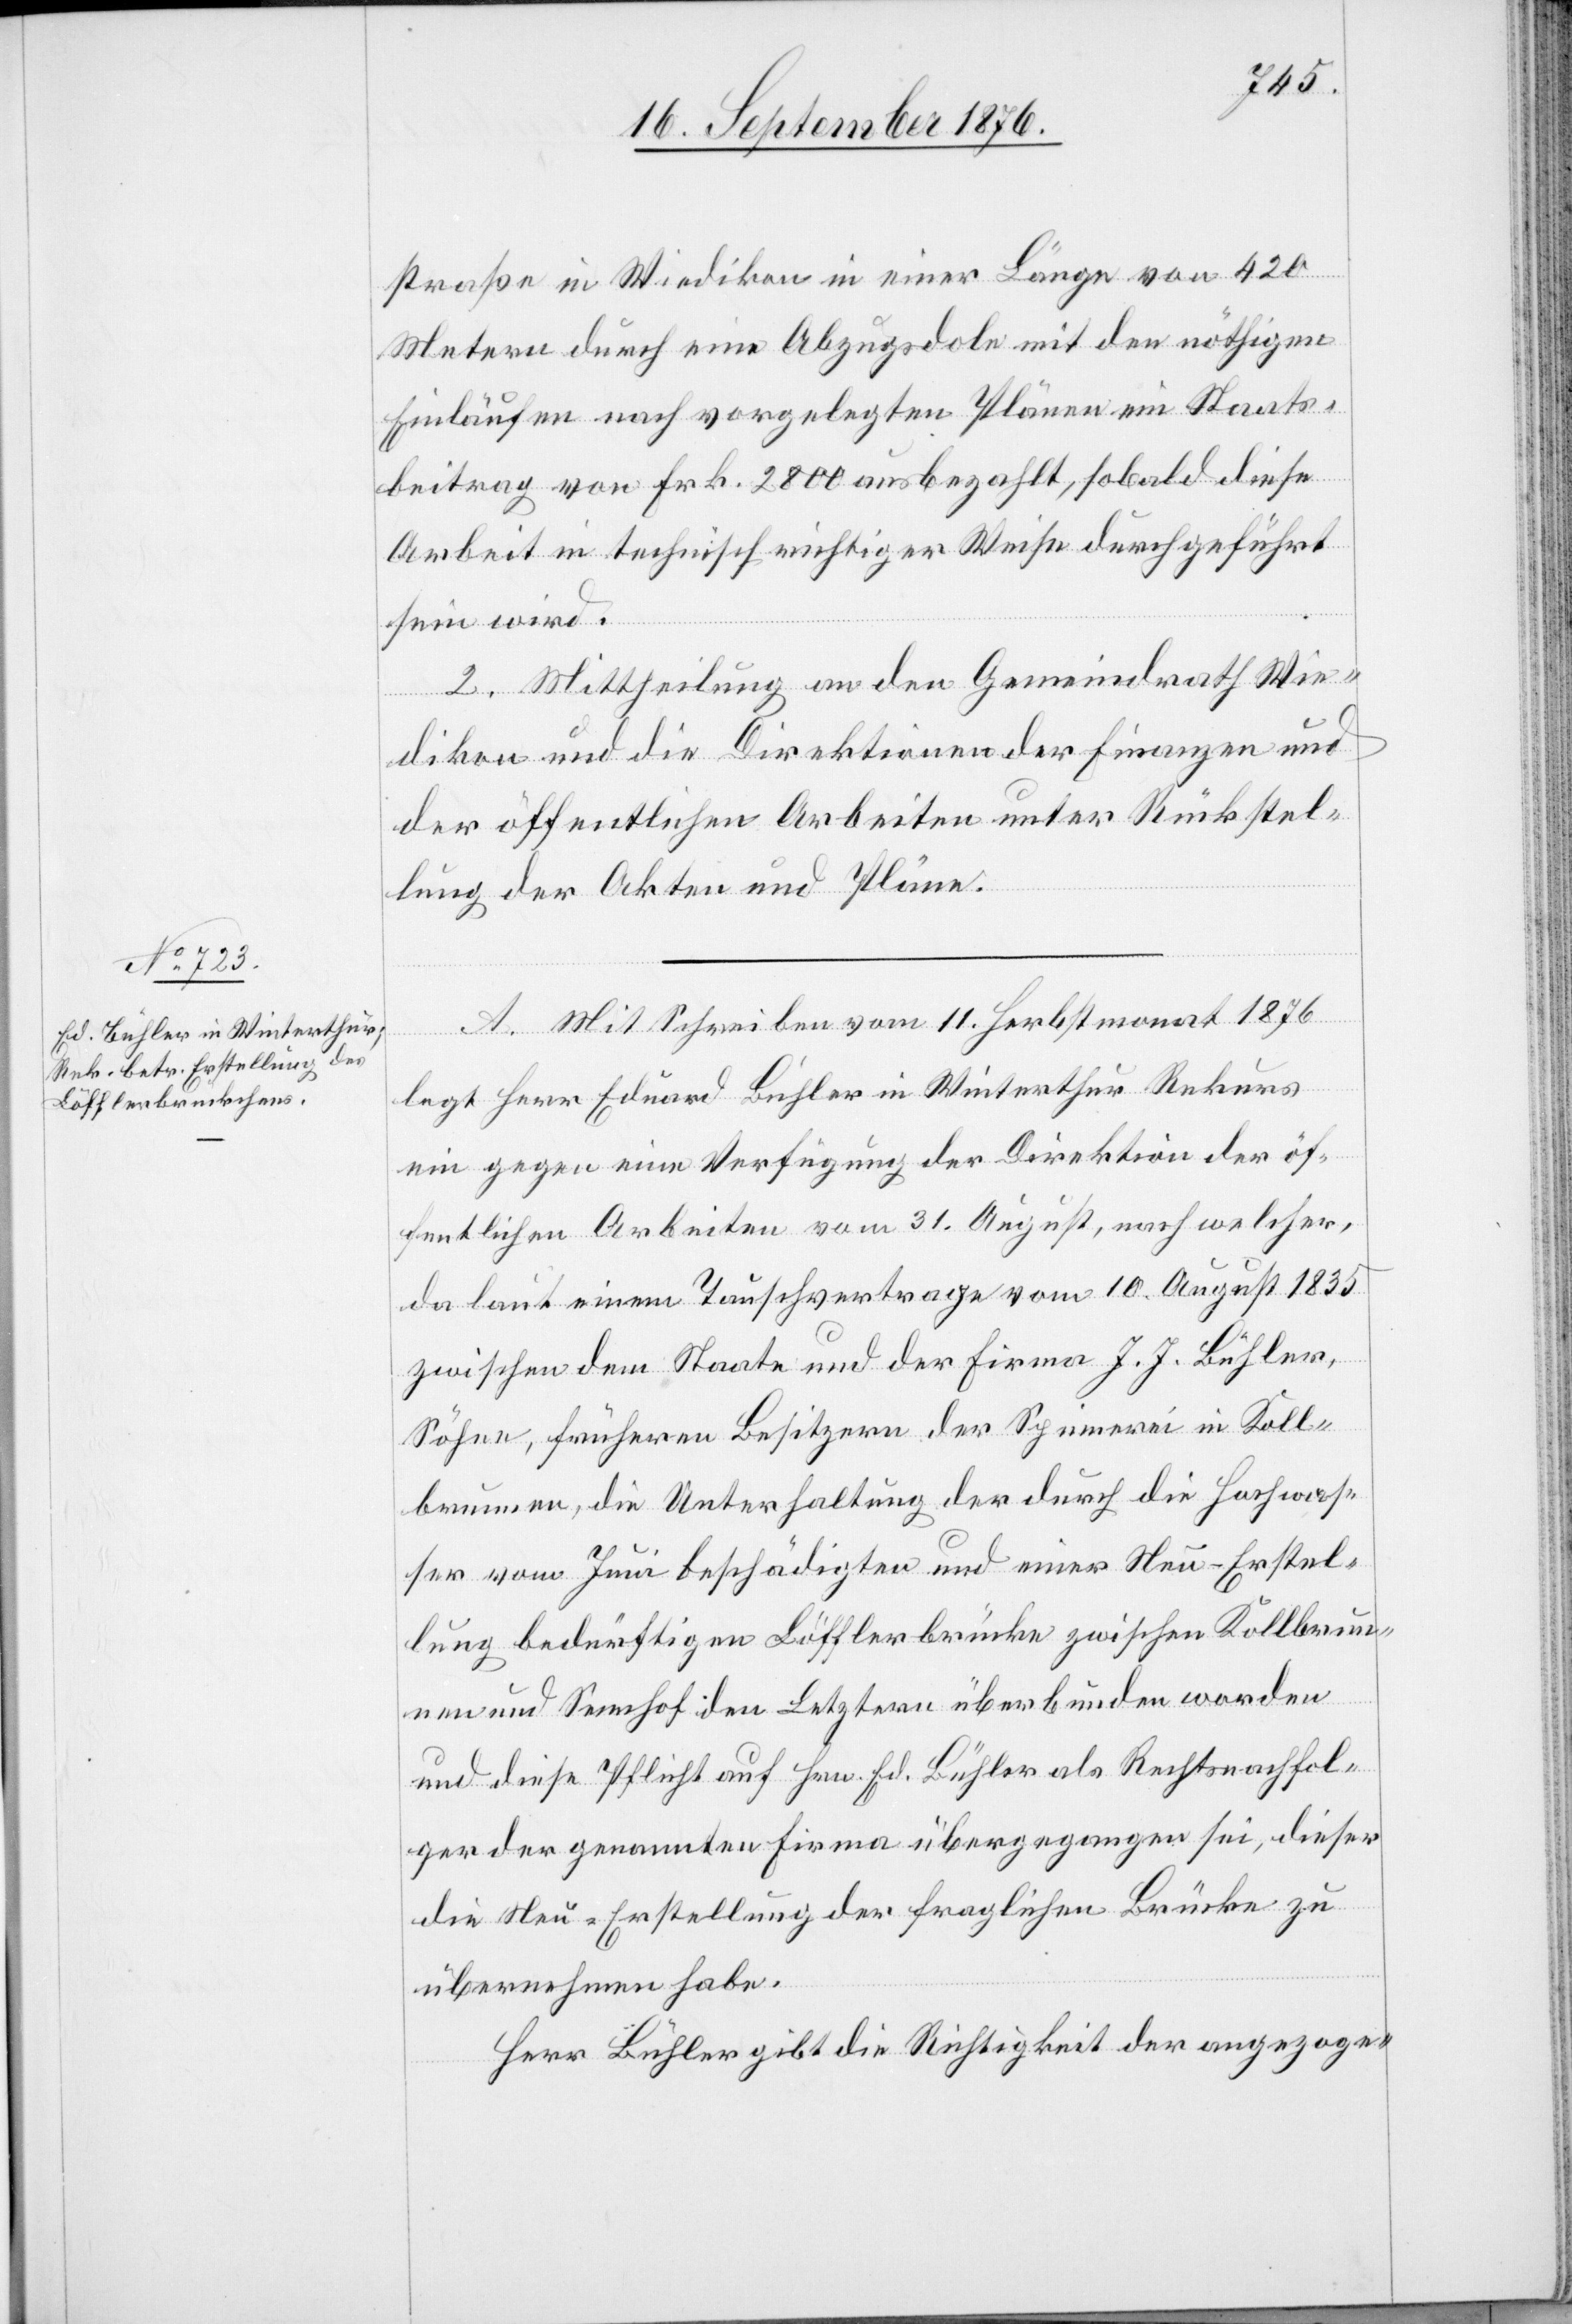
straße in Wiedikon in einer Länge von 420
Metern durch eine Abzugsdole mit den nöthigen
Einläufen nach vorgelegten Plänen ein Staats¬
beitrag von Frk. 2800 ausbezahlt, sobald diese
Arbeit in technisch richtiger Weise durchgeführt
sein wird.
2. Mittheilung an den Gemeindrath Wie¬
dikon und die Direktionen der Finanzen und
der öffentlichen Arbeiten unter Rückstel¬
lung der Akten und Pläne.
A. Mit Schreiben vom 11. Herbstmonat 1876
Firma
legt Herr Eduard Bühler in Winterthur Rekurs
ein gegen eine Verfügung der Direktion der öf¬
fentlichen Arbeiten vom 31. August 1835 zwischen
Söhne, früheren Besitzern der Spinnerei in Koll¬
brunnen, die Unterhaltung der durch die Hochwas¬
ser vom Juni beschädigten und einer Neu-Erstel¬
lung bedürftigen Löfflerbrücke zwischen Kollbrun¬
nen und Sennhof den Letztern überbunden worden
die Neu-Erstellung der fraglichen Brücke zu
übernehmen habe.
Herr Bühler gibt die Richtigkeit der angezoge-